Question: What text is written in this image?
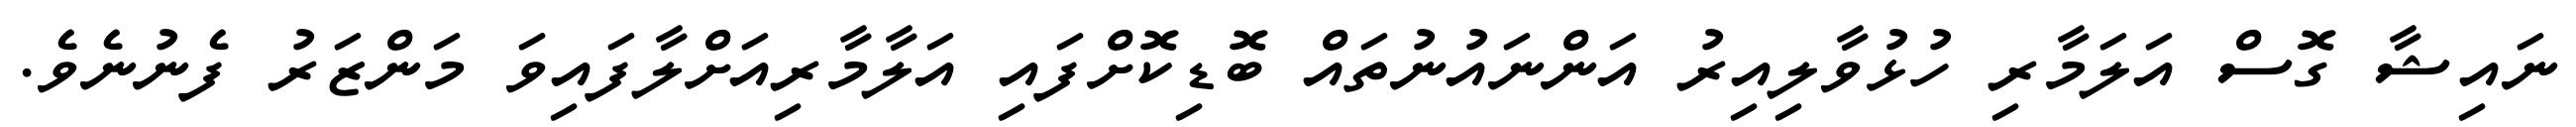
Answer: ނައިޝާ ގޮސް އަލަމާރި ހުޅުވާލިއިރު އަންނައުނުތައް ބޮޑިކޮށްފައި އަލާމާރިއަށްލާފައިވަ މަންޒަރު ފެނުނެވެ.